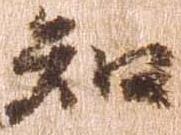
知